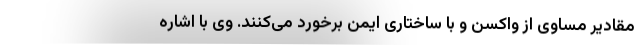
مقادیر مساوی از واکسن و با ساختاری ایمن برخورد می‌کنند. وی با اشاره